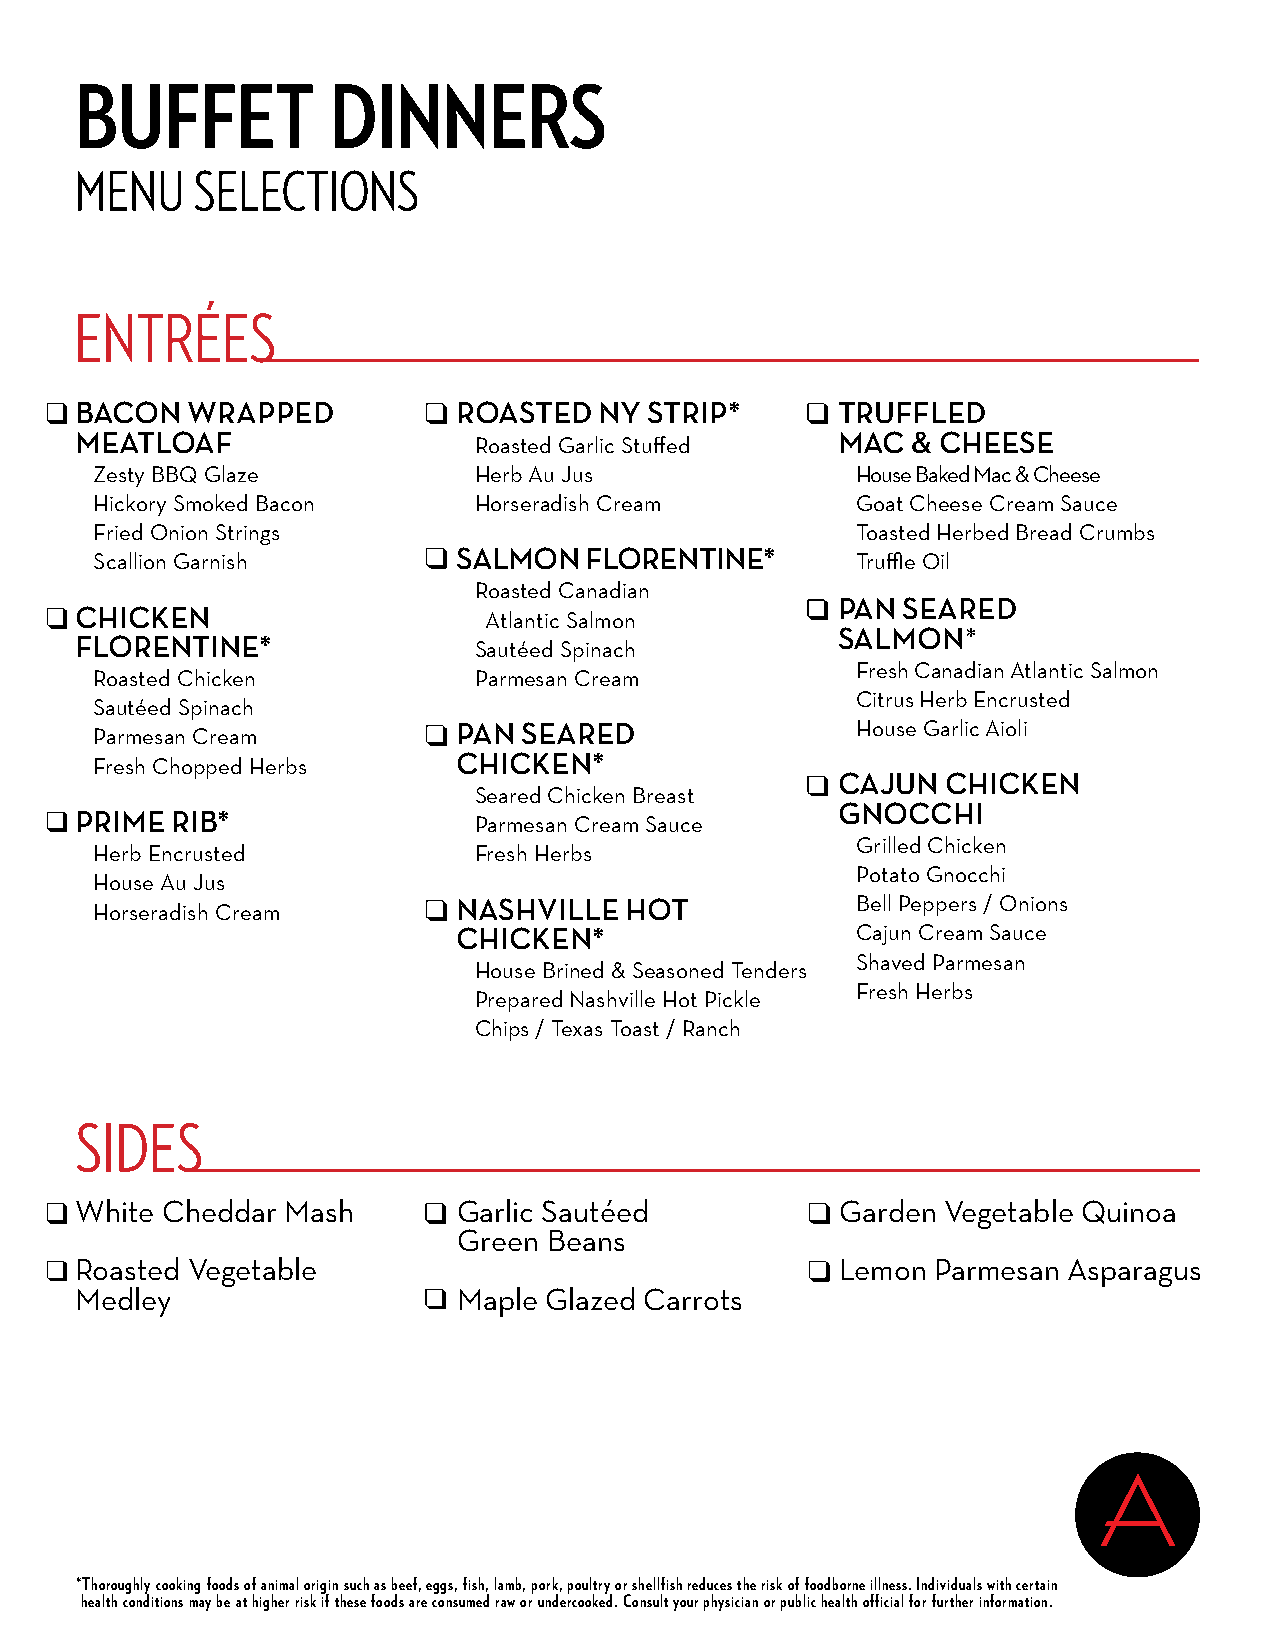
BUFFET           DINNERS
 MENU    SELECTIONS
 ENTRÉES
 BACON  WRAPPED           ROASTED   NY STRIP*      TRUFFLED
 MEATLOAF                                          MAC  & CHEESE
 Roasted Garlic Stuffed
 Zesty BBQ Glaze          Herb Au Jus               House Baked Mac & Cheese
 Hickory Smoked Bacon     Horseradish Cream         Goat Cheese Cream Sauce
 Fried Onion Strings                                Toasted Herbed Bread Crumbs
 SALMON   FLORENTINE*
 Scallion Garnish                                   Truffle Oil
 Roasted Canadian
 PAN  SEARED
 CHICKEN
 Atlantic Salmon
 SALMON*
 FLORENTINE*
 Sautéed Spinach
 Fresh Canadian Atlantic Salmon
 Roasted Chicken          Parmesan Cream
 Citrus Herb Encrusted
 Sautéed Spinach
 PAN  SEARED                House Garlic Aioli
 Parmesan Cream
 CHICKEN*
 Fresh Chopped Herbs
 CAJUN   CHICKEN
 Seared Chicken Breast
 GNOCCHI
 PRIME RIB*
 Parmesan Cream Sauce
 Grilled Chicken
 Herb Encrusted           Fresh Herbs
 Potato Gnocchi
 House Au Jus
 NASHVILLE  HOT             Bell Peppers / Onions
 Horseradish Cream
 CHICKEN*                   Cajun Cream Sauce
 Shaved Parmesan
 House Brined & Seasoned Tenders
 Fresh Herbs
 Prepared Nashville Hot Pickle
 Chips / Texas Toast / Ranch
 SIDES
 White Cheddar Mash       Garlic Sautéed            Garden Vegetable Quinoa
 Green Beans
 Roasted Vegetable                                  Lemon Parmesan Asparagus
 Medley                   Maple Glazed Carrots
 *Thoroughly cooking foods of animal origin such as beef, eggs, fish, lamb, pork, poultry or shellfish reduces the risk of foodborne illness. Individuals with certain
 health conditions may be at higher risk if these foods are consumed raw or undercooked. Consult your physician or public health official for further information.